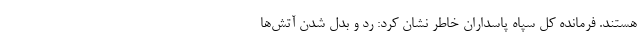
هستند. فرمانده کل سپاه پاسداران خاطر نشان کرد: رد و بدل شدن آتش‌ها